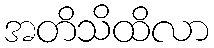
အတိသိထိလာ